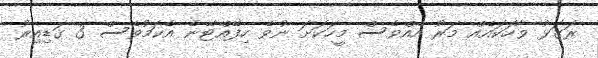
ރަގަޅު ވާހަކައެއް މަރު އެއްވެސް މީހަކަށަ ނުވެ ހިފޭއްޓޭނެ އެކަމުވެސް 3 ގަޑިއިރު